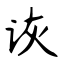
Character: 诙